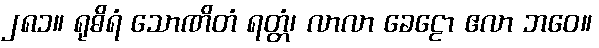
၂၈၁။ ရုဓိရံ သောဏိတံ ရတ္တံ၊ လာလာ ခေဠော ဧလာ ဘဝေ။